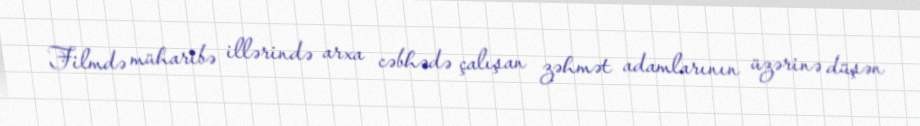
Filmdə müharibə illərində arxa cəbhədə çalışan zəhmət adamlarının üzərinə düşən